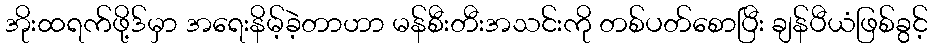
အိုးထရက်ဖို့ဒ်မှာ အရေးနိမ့်ခဲ့တာဟာ မန်စီးတီးအသင်းကို တစ်ပတ်စောပြီး ချန်ပီယံဖြစ်ခွင့်